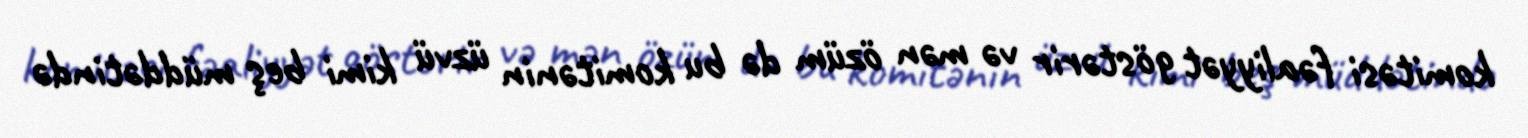
komitəsi fəaliyyət göstərir və mən özüm də bu komitənin üzvü kimi beş müddətində